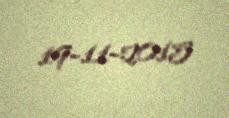
19-11-2015